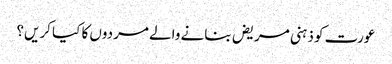
عورت کو ذہنی مریض بنانے والے مردوں کا کیا کریں؟